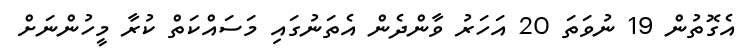
އެގޮތުން 19 ނުވަތަ 20 އަހަރު ވާންދެން އެތަނުގައި މަސައްކަތް ކުރާ މީހުންނަށް